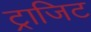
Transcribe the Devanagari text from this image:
ट्राजिट